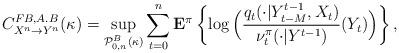
LaTeX: \begin{align*}{C}_{X^n \rightarrow Y^n}^{FB,A.B}(\kappa) = \sup_{{\cal P}_{0,n}^{B}(\kappa)} \sum_{t=0}^n {\bf E}^{ \pi}\left\{\log\Big(\frac{q_t(\cdot|Y_{t-M}^{t-1},X_t)}{\nu_t^{{\pi}}(\cdot|Y^{t-1})}(Y_t)\Big)\right\}, \end{align*}